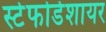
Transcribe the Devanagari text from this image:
स्टेफोर्डशायर